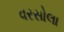
વરસોલા